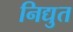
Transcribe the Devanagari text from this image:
निद्युत